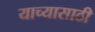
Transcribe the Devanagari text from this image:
याच्यासाठी